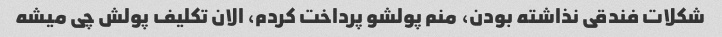
شکلات فندقی نذاشته بودن، منم پولشو پرداخت کردم، الان تکلیف پولش چی میشه